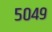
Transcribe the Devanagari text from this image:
५०४९